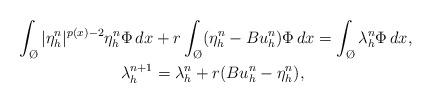
LaTeX: \begin{align*} \int_{\O}|\eta^n_h|^{p(x)-2} \eta^n_h \Phi\,dx& +r\int_{\O}(\eta^n_h-Bu^n_h)\Phi \, dx=\int_{\O} \lambda^n_h \Phi\, dx,\\\lambda^{n+1}_h&=\lambda^n_h +r(Bu^n_h- \eta^n_h), \end{align*}